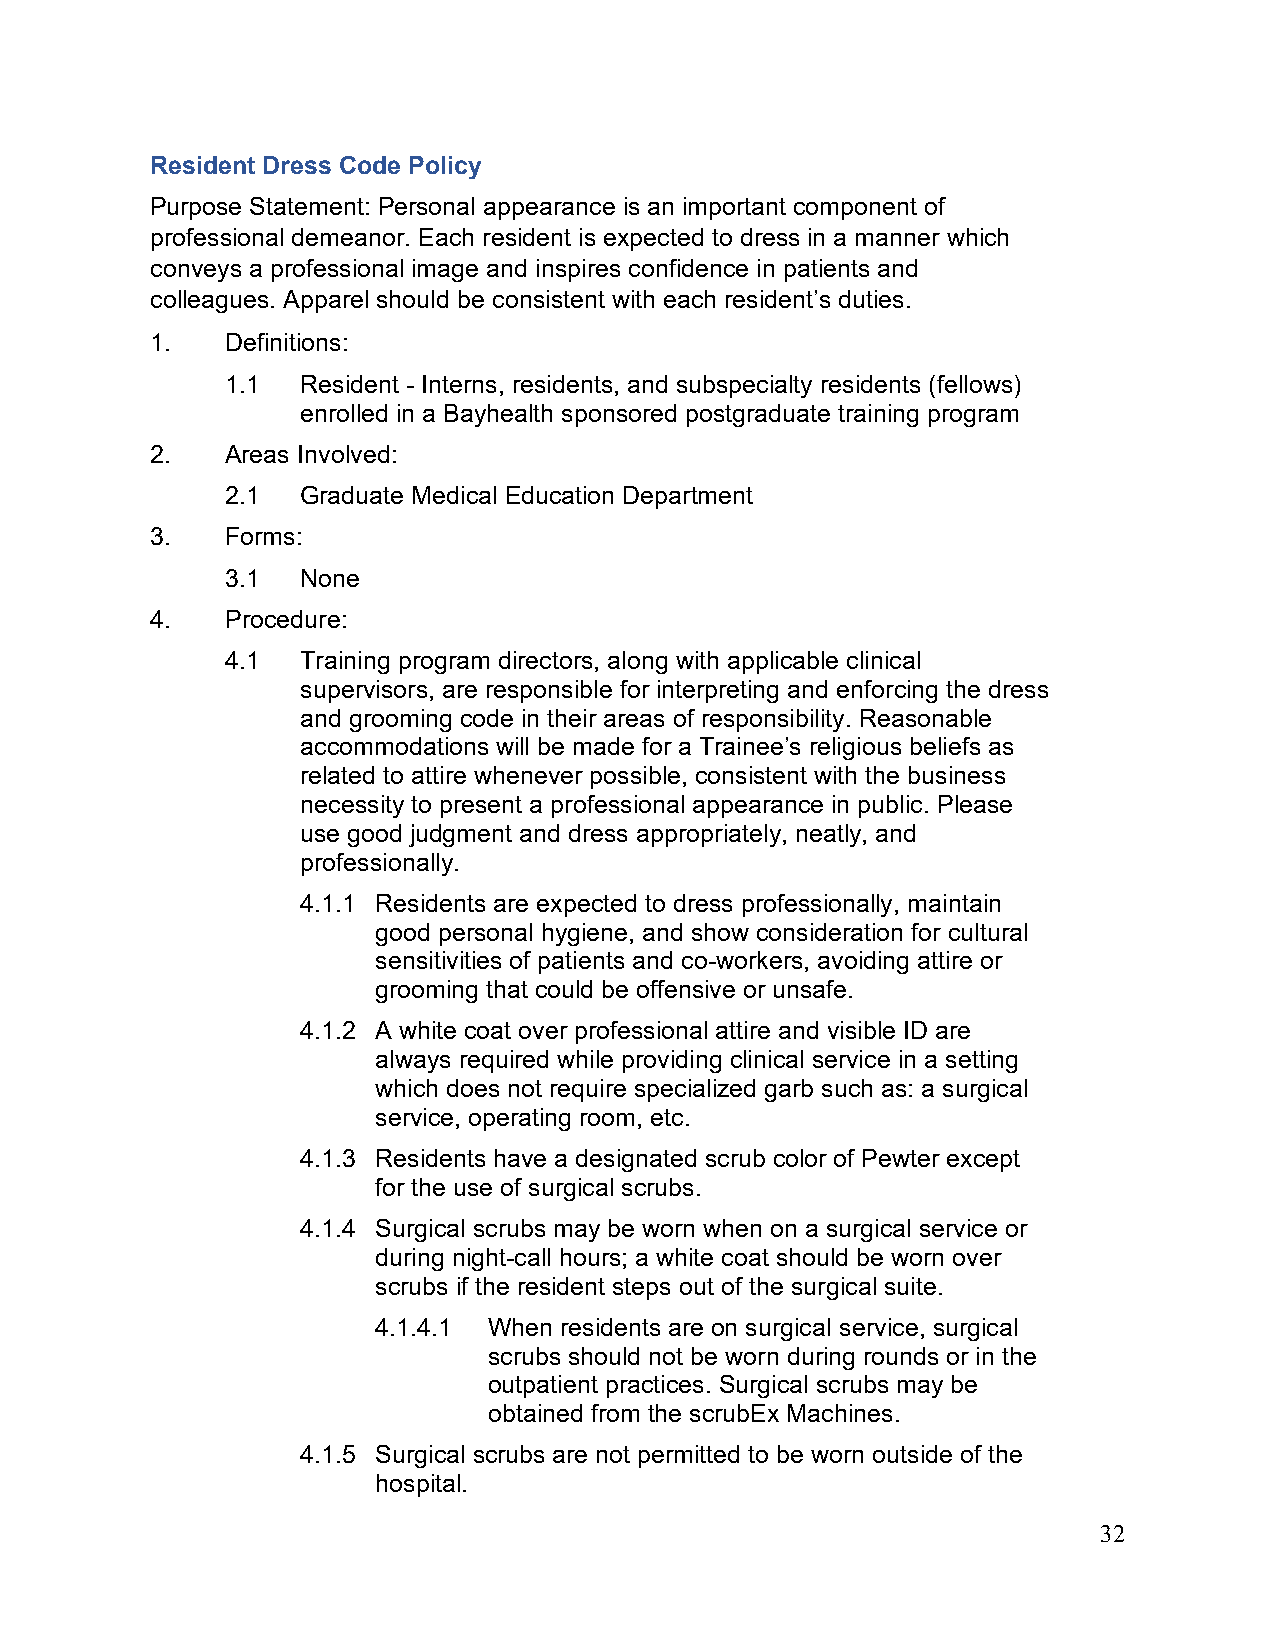
Resident Dress Code Policy
 Purpose Statement: Personal appearance is an important component of
 professional demeanor. Each resident is expected to dress in a manner which
 conveys a professional image and inspires confidence in patients and
 colleagues. Apparel should be consistent with each resident’s duties.
 1.   Definitions:
 1.1  Resident - Interns, residents, and subspecialty residents (fellows)
 enrolled in a Bayhealth sponsored postgraduate training program
 2.   Areas Involved:
 2.1  Graduate Medical Education Department
 3.   Forms:
 3.1  None
 4.   Procedure:
 4.1  Training program directors, along with applicable clinical
 supervisors, are responsible for interpreting and enforcing the dress
 and grooming code in their areas of responsibility. Reasonable
 accommodations will be made for a Trainee’s religious beliefs as
 related to attire whenever possible, consistent with the business
 necessity to present a professional appearance in public. Please
 use good judgment and dress appropriately, neatly, and
 professionally.
 4.1.1 Residents are expected to dress professionally, maintain
 good personal hygiene, and show consideration for cultural
 sensitivities of patients and co-workers, avoiding attire or
 grooming that could be offensive or unsafe.
 4.1.2 A white coat over professional attire and visible ID are
 always required while providing clinical service in a setting
 which does not require specialized garb such as: a surgical
 service, operating room, etc.
 4.1.3 Residents have a designated scrub color of Pewter except
 for the use of surgical scrubs.
 4.1.4 Surgical scrubs may be worn when on a surgical service or
 during night-call hours; a white coat should be worn over
 scrubs if the resident steps out of the surgical suite.
 4.1.4.1 When residents are on surgical service, surgical
 scrubs should not be worn during rounds or in the
 outpatient practices. Surgical scrubs may be
 obtained from the scrubEx Machines.
 4.1.5 Surgical scrubs are not permitted to be worn outside of the
 hospital.
 32